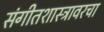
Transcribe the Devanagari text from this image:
संगीतशास्त्रावरचा